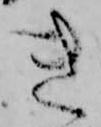
き